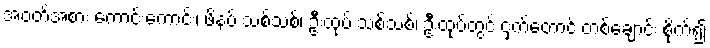
အဝတ်အစား ကောင်းကောင်း၊ ဖိနပ် သစ်သစ်၊ ဦးထုပ် သစ်သစ်၊ ဦးထုပ်တွင် ငှက်တောင် တစ်ချောင်း စိုက်၍